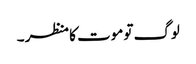
لوگ تو موت کا منظر ۔